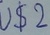
Text: U$2